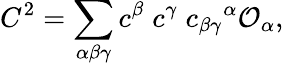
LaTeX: C^{2}=\sum_{\alpha\beta\gamma}c^{\beta}\; c^{\gamma}\; c_{\beta\gamma}{}^{\alpha}{\cal O}_{\alpha},